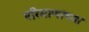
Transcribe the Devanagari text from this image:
परिमाणांच्या